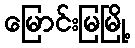
မြောင်းမြမြို့